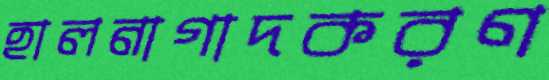
হালনাগাদকরণ